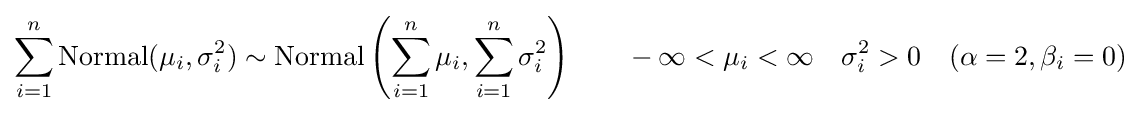
\sum _{i=1}^{n}\operatorname {Normal} (\mu _{i},\sigma _{i}^{2})\sim \operatorname {Normal} \left(\sum _{i=1}^{n}\mu _{i},\sum _{i=1}^{n}\sigma _{i}^{2}\right)\qquad -\infty <\mu _{i}<\infty \quad \sigma _{i}^{2}>0\quad (\alpha =2,\beta _{i}=0)